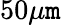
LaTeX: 50\mu\mathtt{m}